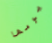
يومها